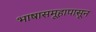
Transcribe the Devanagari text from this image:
भाषासमूहापासून